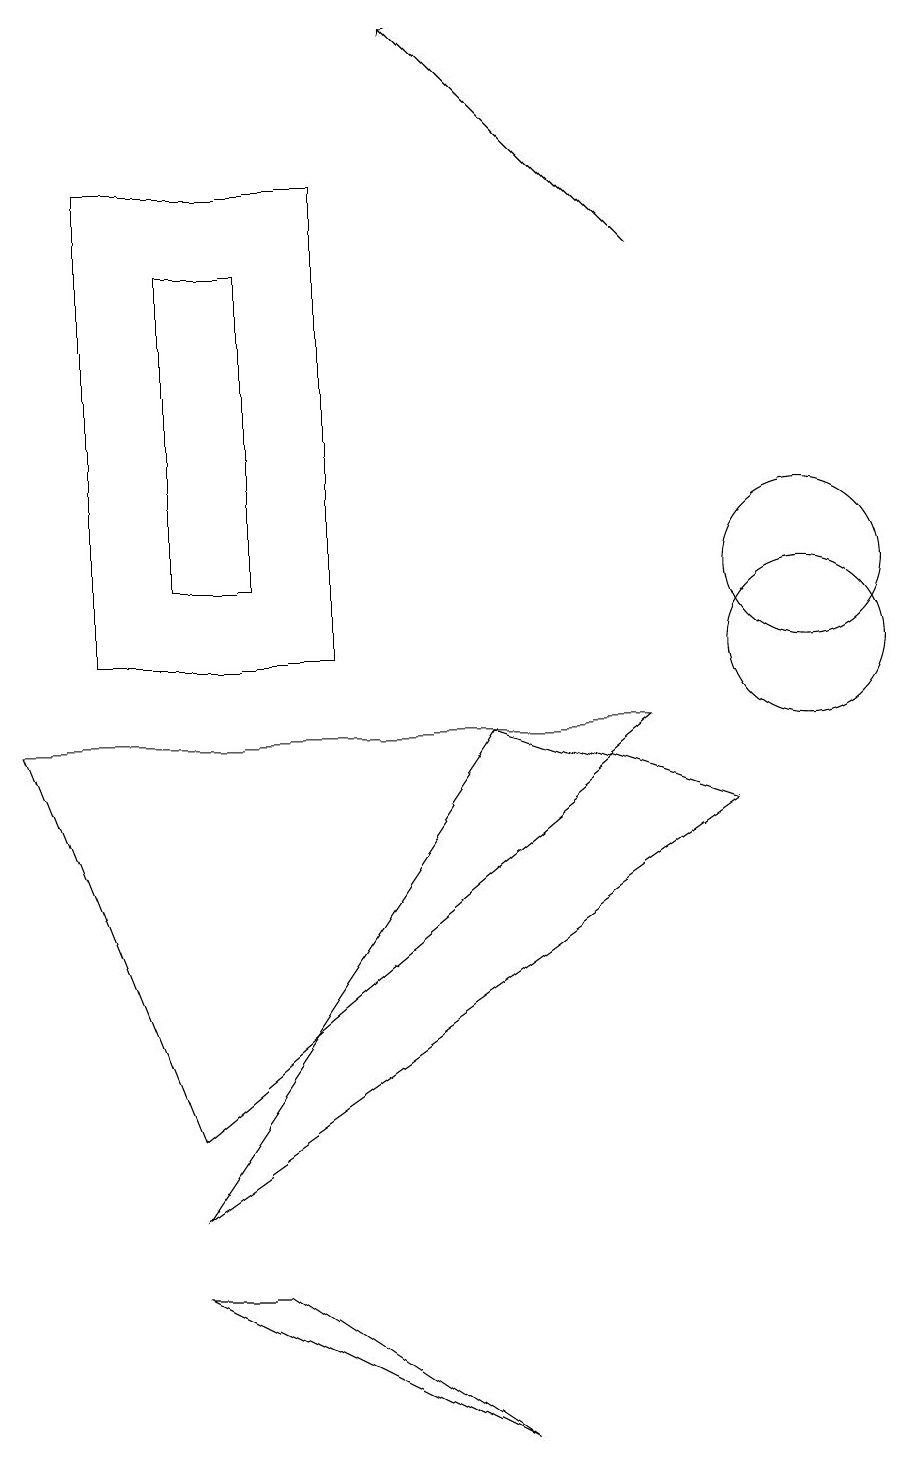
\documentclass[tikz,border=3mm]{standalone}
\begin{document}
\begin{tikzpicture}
\draw[->] (8,15) -- (5,18);
\draw (3,15) rectangle (2,11);
\draw (10,11) circle (1);
\draw (1,10) rectangle (4,16);
\draw (8,9) -- (0,9) -- (2,4) -- cycle;
\draw (10,10) circle (1);
\draw (6,0) -- (2,2) -- (3,2) -- cycle;
\draw (9,8) -- (6,9) -- (2,3) -- cycle;
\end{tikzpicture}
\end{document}